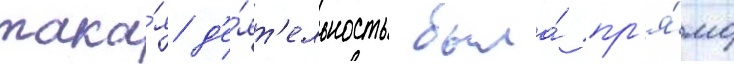
така́я д'е́ят'ельность была́ пр'я́мо